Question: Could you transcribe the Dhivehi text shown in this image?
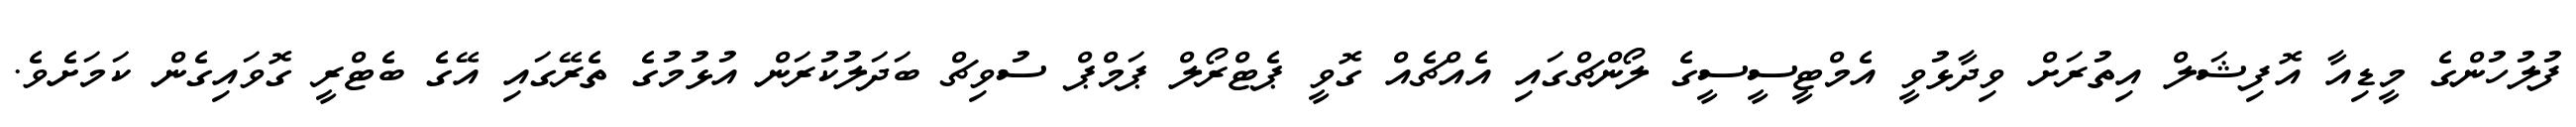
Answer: ފުލުހުންގެ މީޑިއާ އޮފިޝަލް އިތުރަށް ވިދާޅުވީ އެމްޓީސީސީގެ ލޯންޗްގައި އެއްޗެއް ގޮވީ ޕެޓްރޯލް ޕަމްޕް ސުވިޗް ބަދަލުކުރަން އުޅުމުގެ ތެރޭގައި އޭގެ ބެޓްރީ ގޮވައިގެން ކަމަށެވެ.